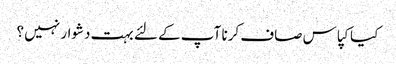
کیا کپاس صاف کرنا آپ کے لئے بہت دشوار نہیں ؟